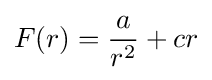
F(r)={\frac {a}{r^{2}}}+cr